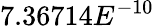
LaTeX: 7.36714E^{-10}